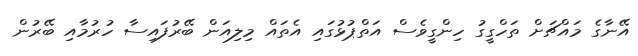
އޭނާގެ މައްޗަށް ތަހްގީގު ހިންގީވެސް އަތްޕުޅުގައި އެތައް މިލިއަން ބޭރުފައިސާ ހުރުމާއި ބޭރުން